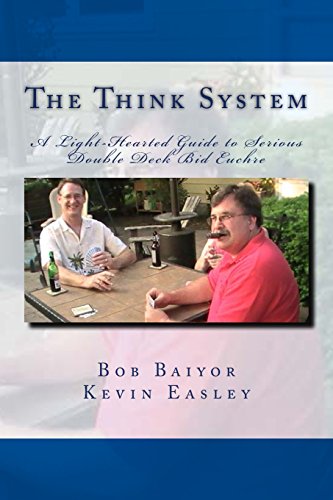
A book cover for The Think System: A Light-Hearted Guide to Serious Double Deck Bid Euchre; Kevin Easley; Science Fiction & Fantasy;